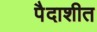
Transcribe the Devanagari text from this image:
पैदाशीत